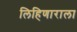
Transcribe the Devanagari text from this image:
लिहिणाराला